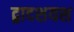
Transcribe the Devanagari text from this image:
द्वादशयश